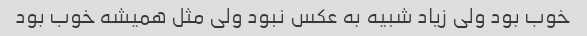
خوب بود ولی زیاد شبیه به عکس نبود ولی مثل همیشه خوب بود